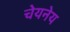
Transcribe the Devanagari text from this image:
चेयनेय